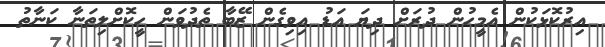
އިރުކޮޅަކުން އެމީހުން ދުރަށް ދިޔަ އަޑު އިވިގެން ޒޭބާ ތެދުވަން ހީކޮށްލިތަނާ ކަނާތު